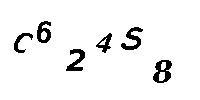
C624S8